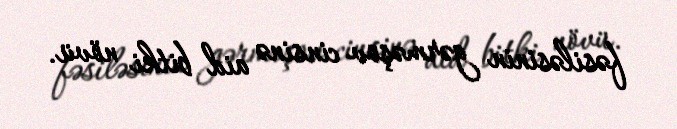
fəsiləsinin gərməşov cinsinə aid bitki növü.